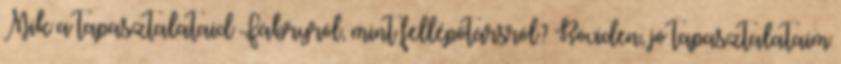
Mik a tapasztalataid Fábryról, mint fellépőtársról? Röviden, jó tapasztalataim